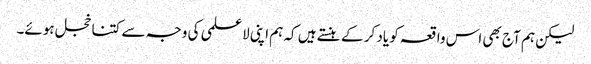
لیکن ہم آج بھی اس واقعہ کو یاد کر کے ہنستے ہیں کہ ہم اپنی لاعلمی کی وجہ سے کتنا خجل ہوئے۔